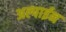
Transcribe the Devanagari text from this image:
अल्पाईन